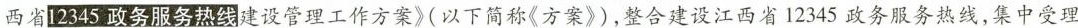
西省2345政务服务热线建设管理工作方案》（以下简称《方案》)，整合建设江西省12345政务服务热线，集中受理